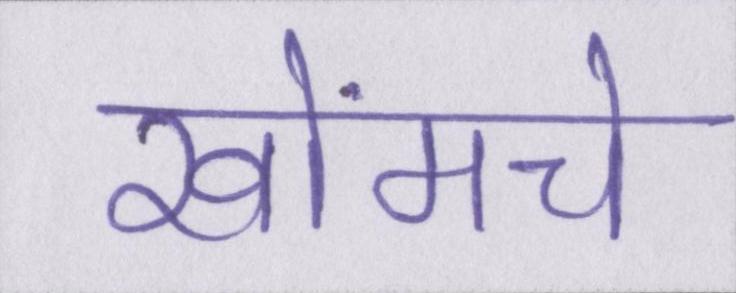
खोंमचे